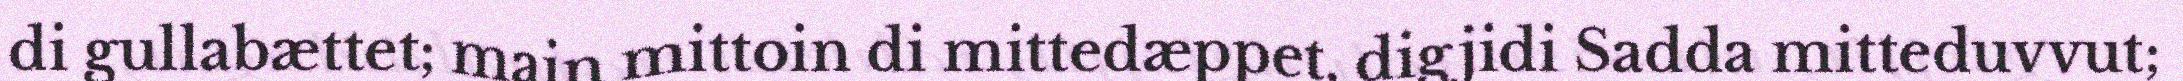
di gullabættet; main mittoin di mittedæppet, digjidi Sadda mitteduvvut;